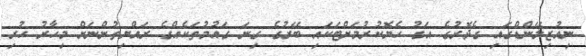
ނިއުޒިލޭންޑްގައި ގެދޮރުގެ އަގު ހެޔޮކުރުމަށްޓަކައި ބޭރުގެ ގިނަ ގައުމުތަކެއްގެ ރައްޔިތުންނަށް މިހާރު ހުރި